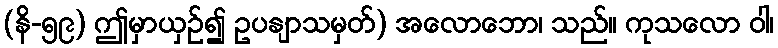
(နိ-၅၉) ဤမှာယှဉ်၍ ဥပနျာသမှတ်) အလောဘော၊ သည်။ ကုသလော ဝါ၊